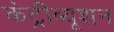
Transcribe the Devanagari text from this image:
कंट्रीब्यूशन